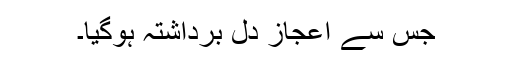
جس سے اعجاز دل برداشتہ ہوگیا۔